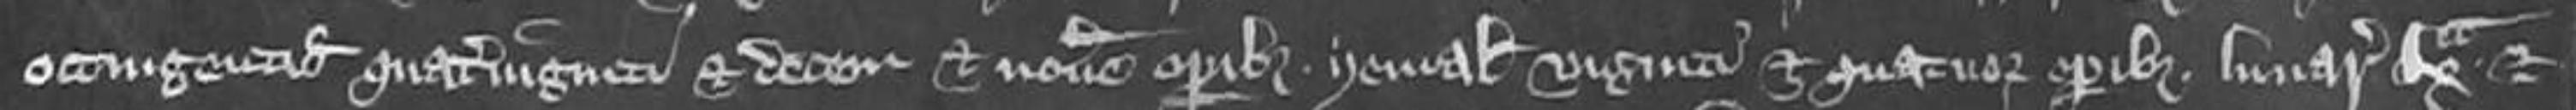
octingentis quaterviginti et decem et novem operibus yemalibus viginti et quatuor operibus lunar. lx et